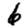
Digit: 6